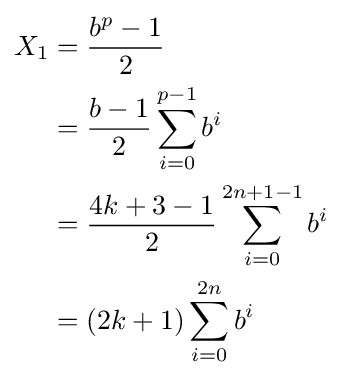
{\begin{aligned}X_{1}&={\frac {b^{p}-1}{2}}\\&={\frac {b-1}{2}}\sum _{i=0}^{p-1}b^{i}\\&={\frac {4k+3-1}{2}}\sum _{i=0}^{2n+1-1}b^{i}\\&=(2k+1)\sum _{i=0}^{2n}b^{i}\end{aligned}}